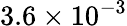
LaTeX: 3.6\times 10^{-3}